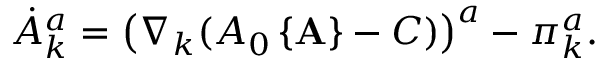
\dot { A } _ { k } ^ { a } = \left( \nabla _ { k } ( A _ { 0 } \left\{ { \bf A } \right\} - C ) \right) ^ { a } - \pi _ { k } ^ { a } .